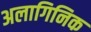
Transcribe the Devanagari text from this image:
अलागिनिक